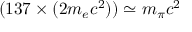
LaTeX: ( 1 3 7 \times ( 2 m _ { e } c ^ { 2 } ) ) \simeq m _ { \pi } c ^ { 2 }